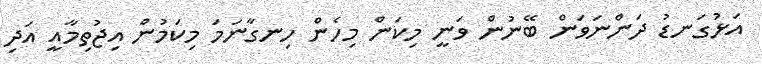
އަޅުގަނޑު ދަންނަވަން ބޭނުން ވަނީ މިކަން މިހެން ހިނގާނަމަ މިކަމުން އިޖުތިމާއީ އަދި